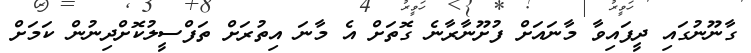
ގާނޫނުގައި ދީފައިވާ މާނައަށް ފުށޫނާރާނެ ގޮތަށް އެ މާނަ އިތުރަށް ތަފްސީލުކޮށްދިނުން ކަމަށް